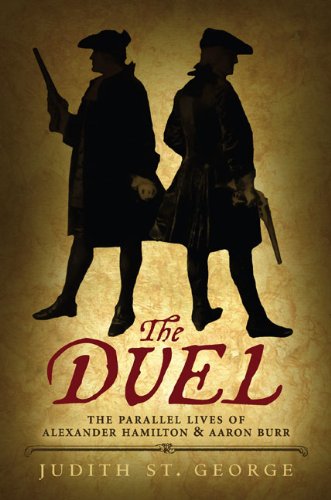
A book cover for The Duel: The Parallel Lives of Alexander Hamilton and Aaron Burr; Judith St. George; Teen & Young Adult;